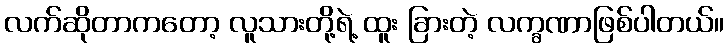
လက်ဆိုတာကတော့ လူသားတို့ရဲ့ ထူး ခြားတဲ့ လက္ခဏာဖြစ်ပါတယ်။